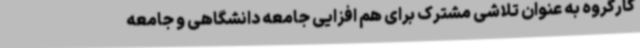
کارگروه به عنوان تلاشی مشترک برای هم افزایی جامعه دانشگاهی و جامعه